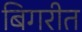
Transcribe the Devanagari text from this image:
बिगरीत